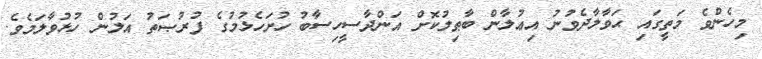
މިހެންވެ މަތީގައި ޙަވާލާދެވުނު އިޢުލާން ބާޠިލުކޮށް އަންދާސީހިސާބު ހުށަހެޅުމުގެ ފުރުޞަތު އަލުން ހުޅުވާލަމެވެ.